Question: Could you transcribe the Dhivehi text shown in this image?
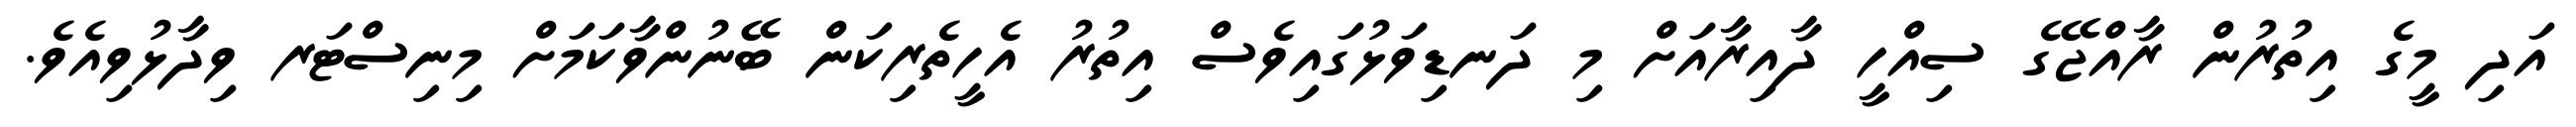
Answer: އަދި މީގެ އިތުރުން ރާއްޖޭގެ ސިއްހީ ދާއިރާއަށް މި ދަނޑިވަޅުގައިވެސް އިތުރު އެހީތެރިކަން ބޭނުންވާކަމަށް މިނިސްޓަރ ވިދާޅުވިއެވެ.